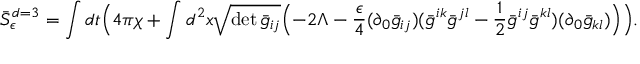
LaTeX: \bar { S } _ { \epsilon } ^ { d = 3 } = \int d t \Bigl ( 4 \pi \chi + \int d ^ { 2 } x \sqrt { \operatorname * { d e t } \bar { g } _ { i j } } \Bigl ( - 2 \Lambda - \frac { \epsilon } { 4 } ( \partial _ { 0 } \bar { g } _ { i j } ) ( \bar { g } ^ { i k } \bar { g } ^ { j l } - \frac { 1 } { 2 } \bar { g } ^ { i j } \bar { g } ^ { k l } ) ( \partial _ { 0 } \bar { g } _ { k l } ) \Bigr ) \Bigr ) .